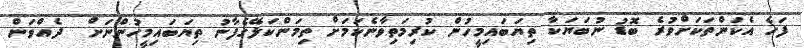
ފަހެ އެކަންތަކަށްވުރެ ބޮޑު ނުބަޔަކާ ތިޔަބައިމީހުން ކުރިމަތިވާނެކަމަށް ތިިމަންކަލޭގެފާނު ތިޔަބައިމީހުންނަށް  ދެއްވަން